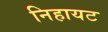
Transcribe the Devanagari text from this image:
निहायट